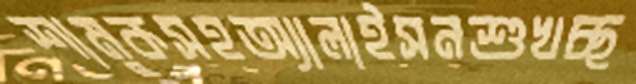
শামুকসহঅ্যালাইসনশুখচ্ছ